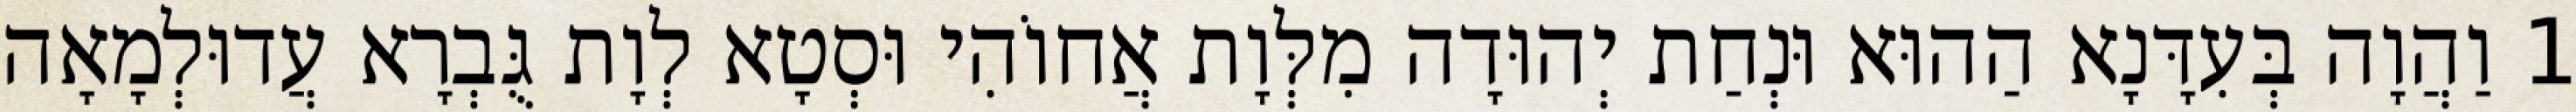
1 וַהֲוָה בְּעִדָּנָא הַהוּא וּנְחַת יְהוּדָה מִלְּוָת אֲחוֹהִי וּסְטָא לְוָת גֻּבְרָא עֲדוּלְמָאָה